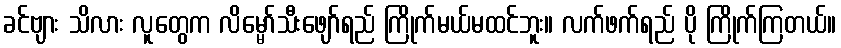
ခင်ဗျား သိလား လူတွေက လိမ္မော်သီးဖျော်ရည် ကြိုက်မယ်မထင်ဘူး။ လက်ဖက်ရည် ပို ကြိုက်ကြတယ်။